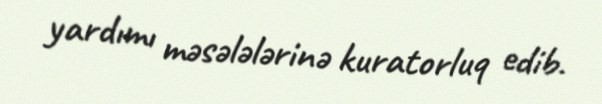
yardımı məsələlərinə kuratorluq edib.